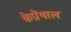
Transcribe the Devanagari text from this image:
केप्रोंथाल